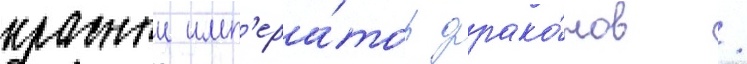
красныи имп'ера́тор драко́нов /